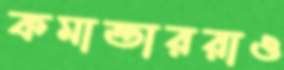
কমান্ডাররাও